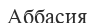
Аббасия